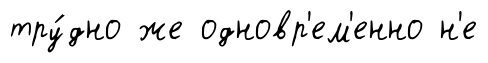
тру́дно же одновр'ем'енно н'е